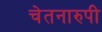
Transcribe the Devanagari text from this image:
चेतनारुपी